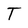
Character: T